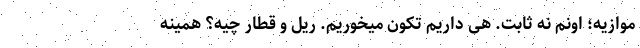
موازیه؛ اونم نه ثابت. هی داریم تکون میخوریم. ریل و قطار چیه؟ همینه